Laane_maakonnavalitsus, lk 11
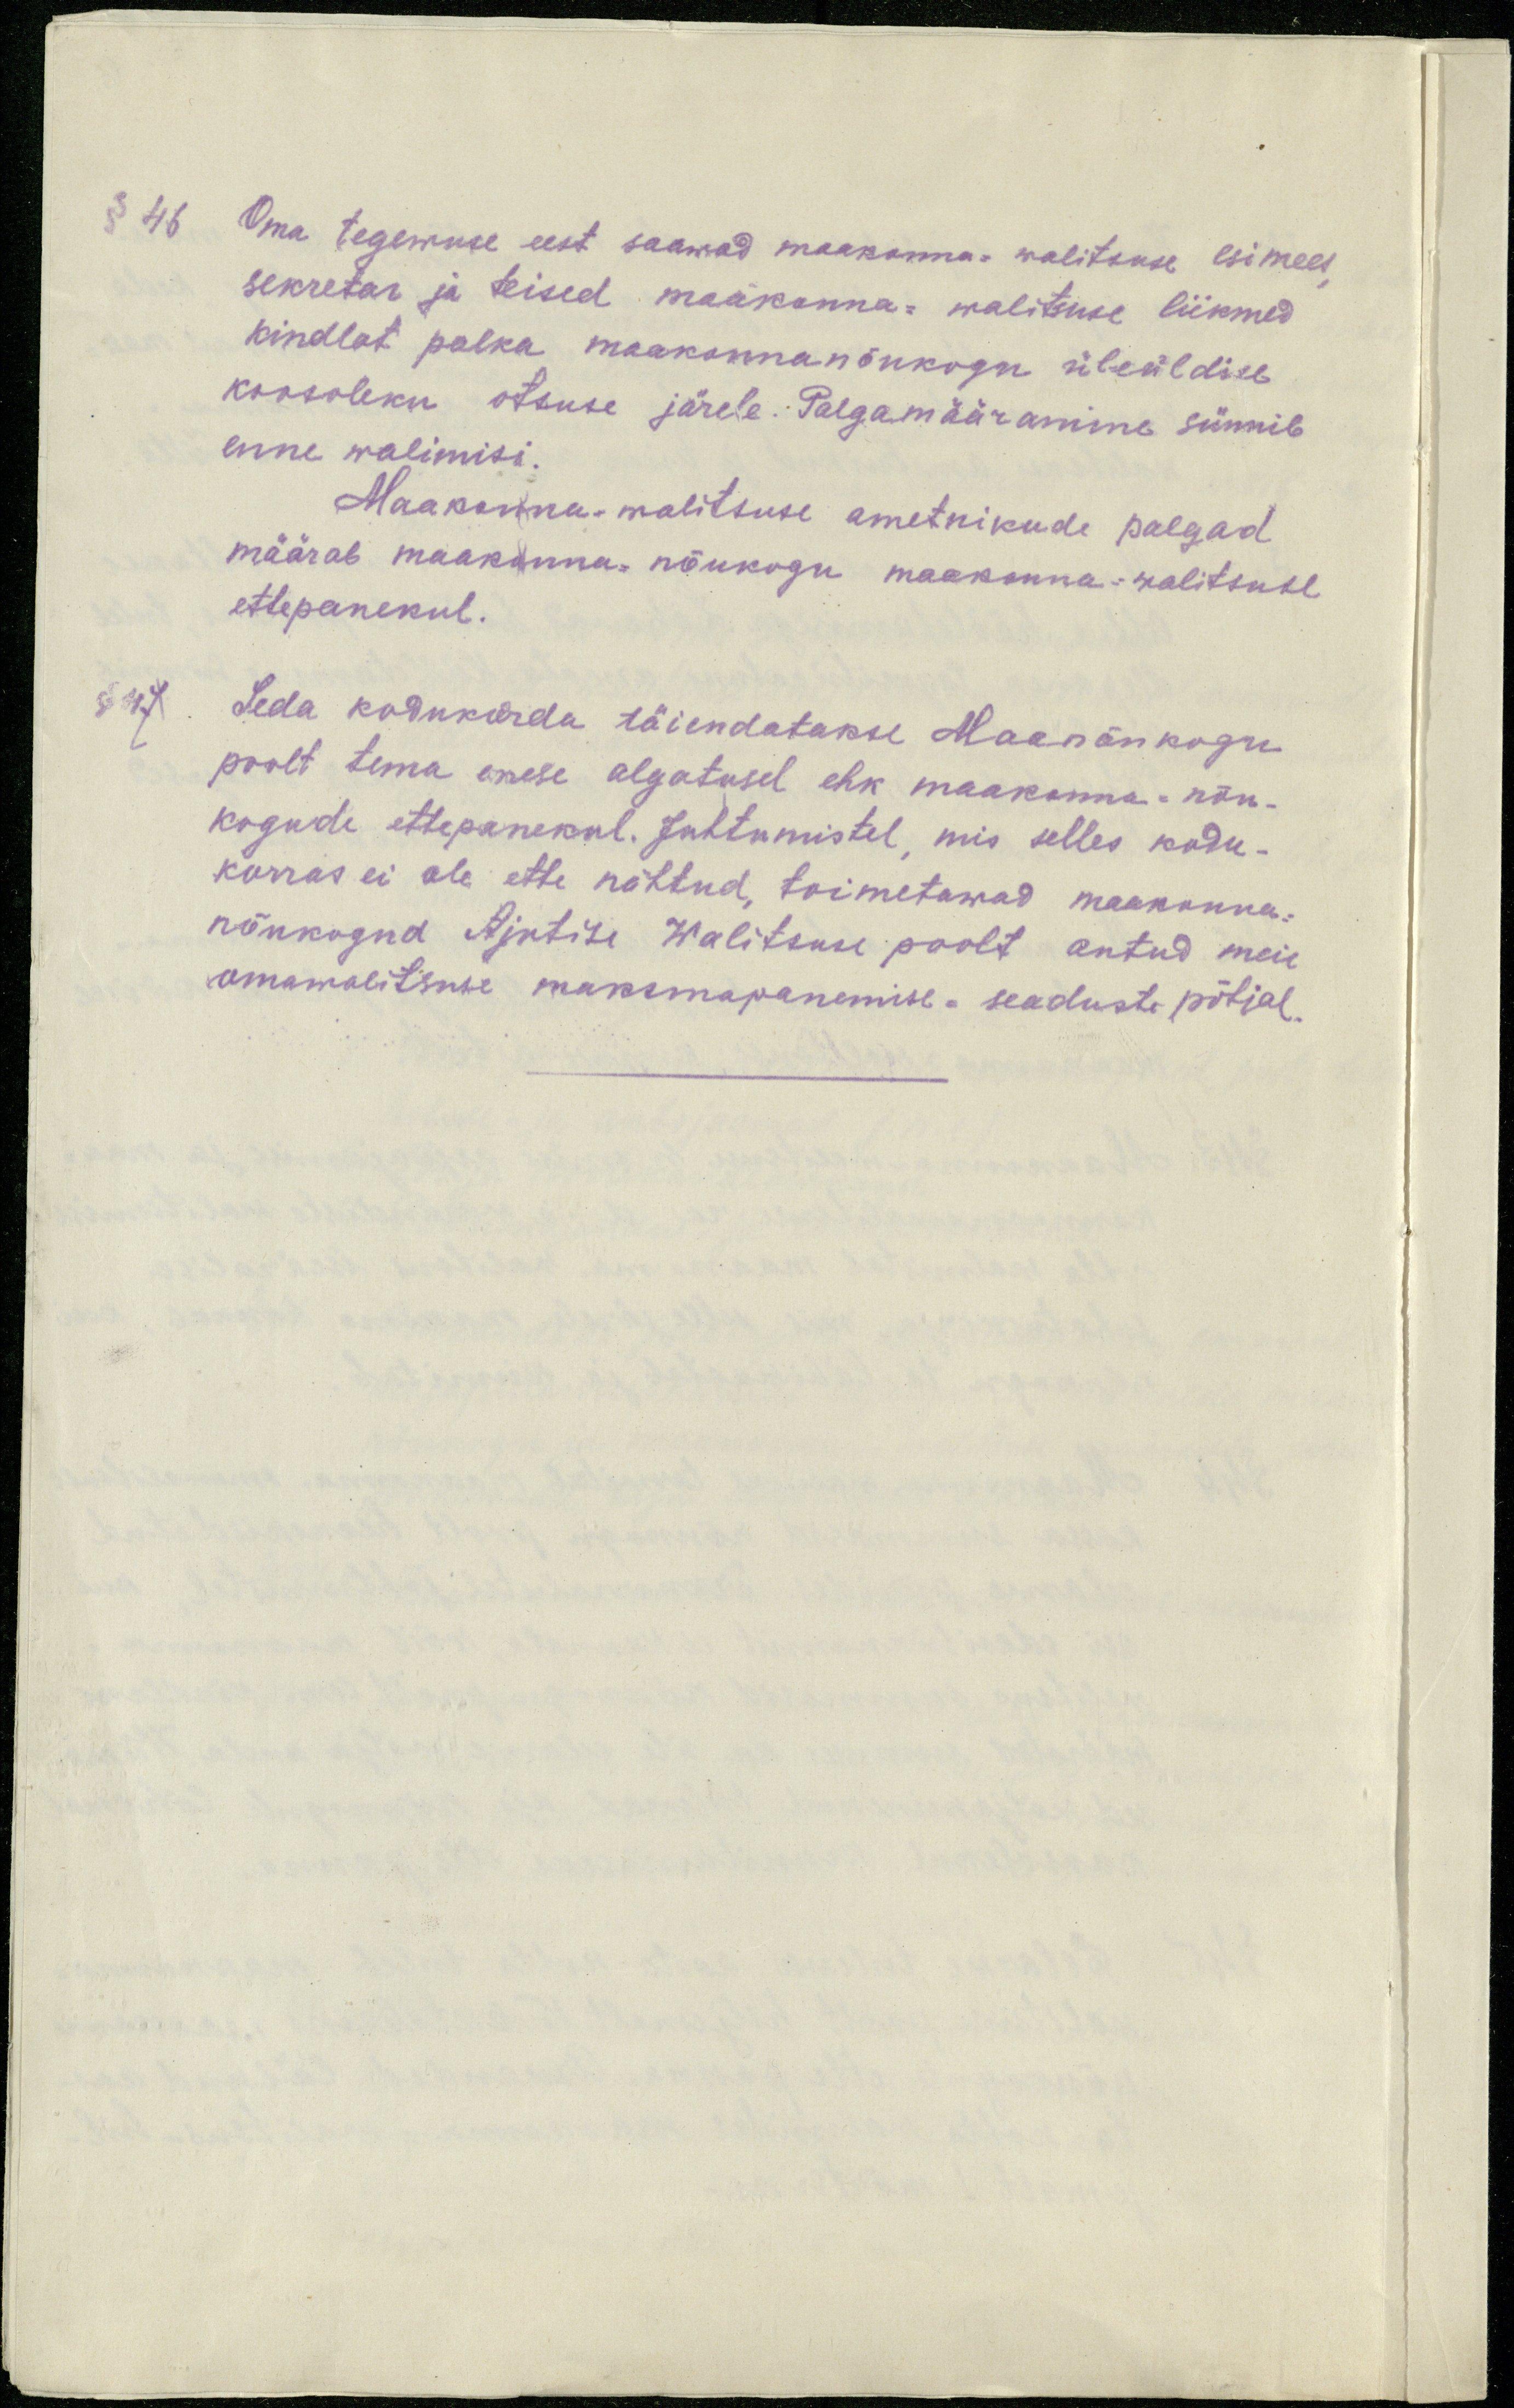
§ 46.
Oma tegewuse eest saawad maakonna-walitsuse esimees
sekretar ja teised maakonna- walitsuse liikmed
kindlat palka maakonnanõukogu üleüldise
koosoleku otsuse järele. Palgamääramine sünnib
enne walimisi.
Maakonna-walitsuse ametnikude palgad
määrab maakanna nõukogu maakonna-walitsuse
ettepanekul.
§ 47.
Seda kodukorda täiendatakse Maanõukogu
poolt tema enese algatusel ehk maakonna-nõu-
kogude ettepanekul. Juhtumistel, mis selles kodu-
korras ei ole ette nähtud, toimetawad maakonna-
nõukogud Ajutise Walitsuse poolt antud meie
omawalitsuse maksmapanemise-seaduste põhjal.